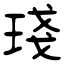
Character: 琖